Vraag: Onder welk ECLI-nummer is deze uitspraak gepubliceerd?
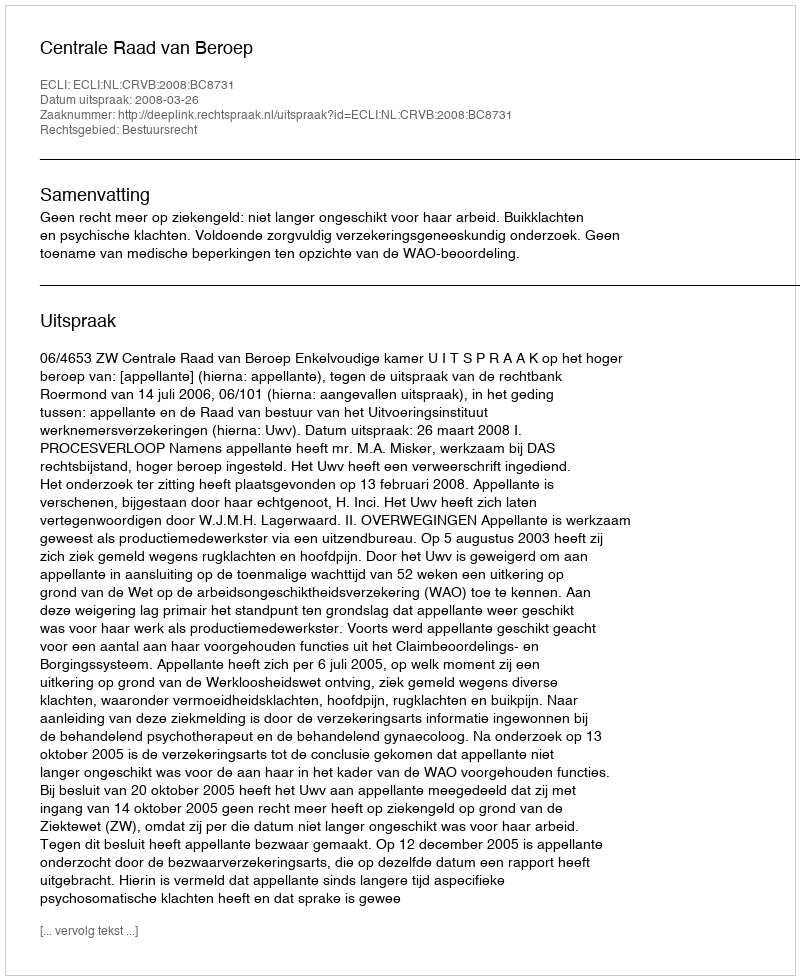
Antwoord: ECLI:NL:CRVB:2008:BC8731